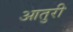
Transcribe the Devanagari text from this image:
आतुरी